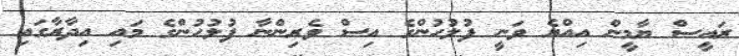
ރައީސް ޔާމީން އިއްޔެ ވަނީ ފުލުހުންގެ އިސް ވެރިންނާ ފުލުހުންގެ މައި އިދާރާގައި